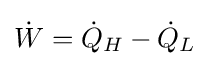
{\dot {W}}={\dot {Q}}_{H}-{\dot {Q}}_{L}